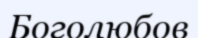
Боголюбов